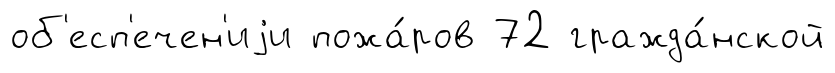
об'есп'ечен'иjи пожа́ров 72 гражда́нской